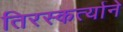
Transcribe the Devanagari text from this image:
तिरस्कर्त्याने